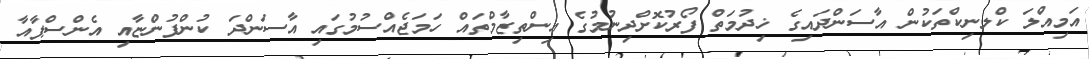
އަމިއްލަ ކްލނިކްތަކުން އާސަންދައިގެ ޚިދުމަތް ފޯރުކޮށްދިނުމުގެ އިންތިޒާމްތައް ހަމަޖެއްސުމުގައި އާސަންދަ ކުންފުންޏާއި އެންސްޕާއާ